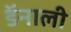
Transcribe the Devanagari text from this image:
डॅनाली